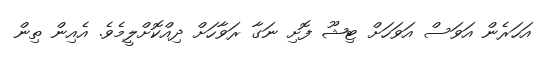
އަހަރެން އަވަސް އަވަހަށް ޓިޝޫ ފޮށި ނަގާ ރަވާހަށް ދިއްކޮށްލީމެވެ. އެއިން ތިން